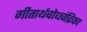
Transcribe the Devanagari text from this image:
गीतार्थबोधचंद्रिका